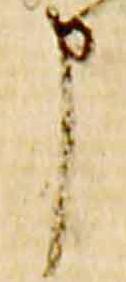
申